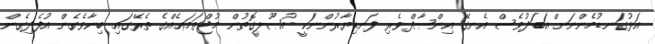
އަޅުގަނޑުމެންނަށް އަބަދުވެސް އެނގޭ އިންޞާފްވެރި ފަނޑިޔާރުންނަކީ އުޞޫލީގޮތުން މުޖްތަމަޢެއްގެ ތެރޭގައި ބިނާވެގެން އުފެދިގެން